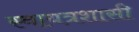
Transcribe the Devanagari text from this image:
स्वायत्रशासी